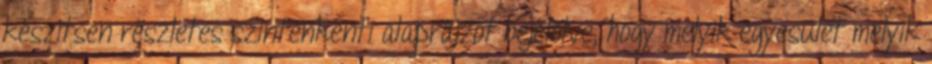
készítsen részletes szintenkénti alaprajzot bejelölve, hogy melyik egyesület melyik